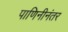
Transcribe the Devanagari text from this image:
पाणिनीनंतर